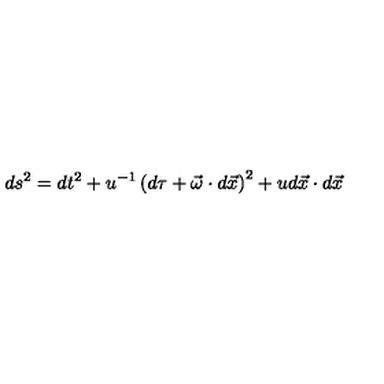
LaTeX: d s ^ { 2 } = d t ^ { 2 } + u ^ { - 1 } \left( d \tau + \vec { \omega } \cdot d \vec { x } \right) ^ { 2 } + u d \vec { x } \cdot d \vec { x }